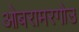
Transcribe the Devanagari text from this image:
ओबरामरगोउ